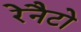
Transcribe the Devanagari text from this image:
रेनैटो